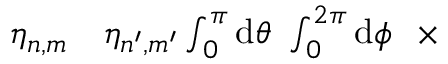
\begin{array} { r l } { \eta _ { n , m } } & { { } \eta _ { n ^ { \prime } , m ^ { \prime } } \int _ { 0 } ^ { \pi } \mathrm { d } \theta \ \int _ { 0 } ^ { 2 \pi } \mathrm { d } \phi \ \ \times } \end{array}